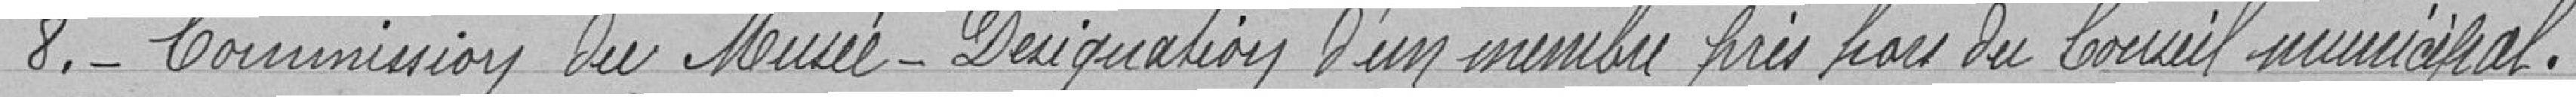
8. Commission du Musée - Désignation d'un membre pris hors du conseil municipal.